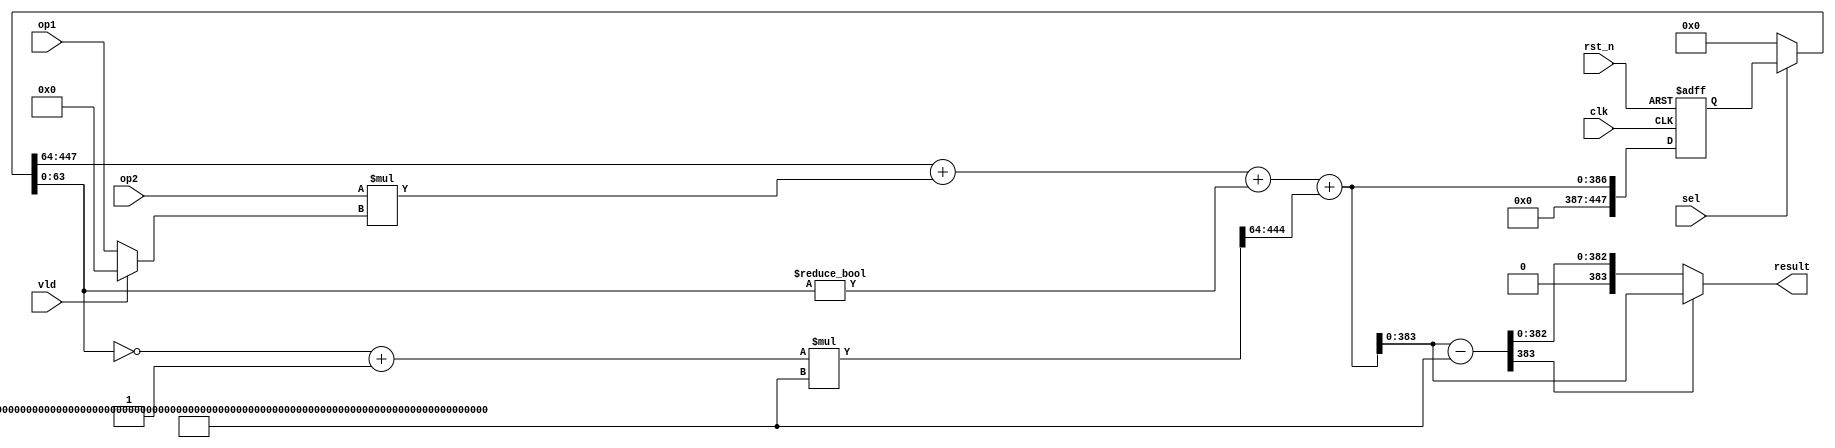
//64-bit version
module mm_384x384_iter(
    input          clk,
    input          rst_n,
    input          sel,
    input          vld, //for the 7th cycle output, one of the op need be 0
    input  [ 63:0] op1,
    input  [383:0] op2,
    output [383:0] result
    );

    localparam M = 384'h 1a0111ea397fe69a4b1ba7b6434bacd764774b84f38512bf6730d2a0f6b0f6241eabfffeb153ffffb9feffffffffaaab;
    wire [447:0] mult_result;
    wire [447:0] mux_o;
    wire [447:0] sub_result;
    reg  [447:0] sub_result_r;
    wire         c_in;
    wire [383:0] add_in_a;
    wire [287:0] add_in_b;
    wire [447:0] add_result;
    wire [447:0] result_xm;
    wire [ 63:0] op1_w;

    assign op1_w = (vld) ? 64'd0 : op1;
    assign mult_result = op2 * op1_w;

    //mux
    assign mux_o = (sel) ? sub_result_r : 448'd0;

    wire [63:0] xm_in = ~mux_o[0+:64] + 1'b1;
    assign result_xm = xm_in * M;
    assign c_in = (mux_o[0+:64] != 64'b0);
    assign add_in_a = mux_o[64+:384];
    assign add_in_b = mult_result;
    assign add_result = add_in_a + add_in_b + c_in;
    assign sub_result = add_result + result_xm[64+:384];

    always @(posedge clk or negedge rst_n) begin
        if(!rst_n) sub_result_r <= 448'd0;
        else       sub_result_r <= sub_result;
    end
    //result check
    wire [383:0] sub_M = sub_result - M;
    wire flag = sub_M[383];
    assign result = (flag) ? sub_result : sub_M;

endmodule